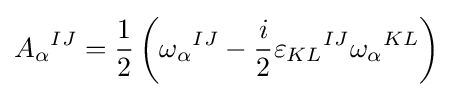
{A_{\alpha }}^{IJ}={1 \over 2}\left({\omega _{\alpha }}^{IJ}-{i \over 2}{\varepsilon _{KL}}^{IJ}{\omega _{\alpha }}^{KL}\right)